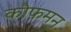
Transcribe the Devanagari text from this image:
कौफमन